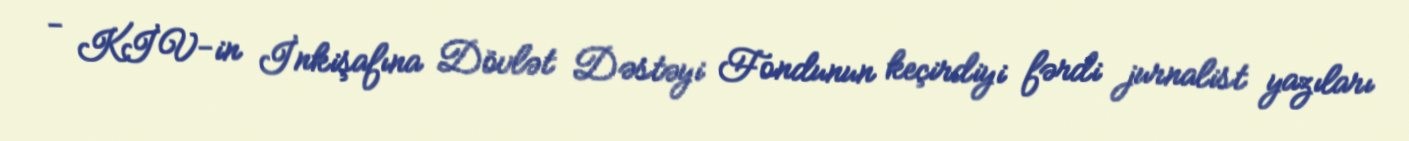
- KİV-in İnkişafına Dövlət Dəstəyi Fondunun keçirdiyi fərdi jurnalist yazıları